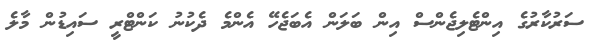
ސަރުކާރުގެ އިންޓެލިޖެންސް އިން ބަލަން އެބަޖެހޭ އެންމެ ދެކުނު ކަންޓްރީ ސައިޑުން މާލެ